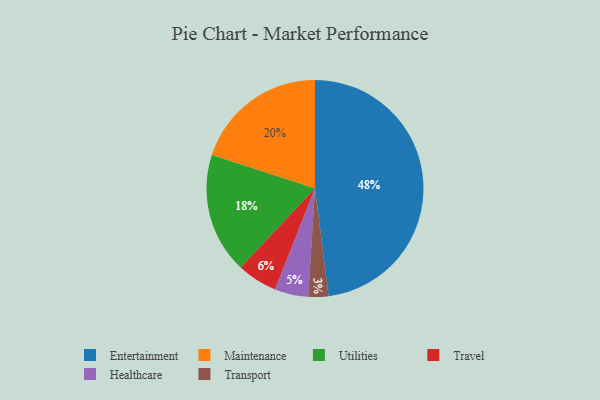
{"axis": {"x": "Category", "y": "Percentage"}, "legend": ["Entertainment", "Healthcare", "Maintenance", "Transport", "Travel", "Utilities"], "data": [{"x": "Travel", "y": 6, "type": "Travel"}, {"x": "Utilities", "y": 18, "type": "Utilities"}, {"x": "Healthcare", "y": 5, "type": "Healthcare"}, {"x": "Transport", "y": 3, "type": "Transport"}, {"x": "Entertainment", "y": 48, "type": "Entertainment"}, {"x": "Maintenance", "y": 20, "type": "Maintenance"}]}